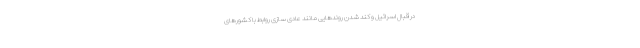
در قبال اسرائیل و کند شدن روندهایی مانند عادی سازی روابط با کشورهای